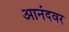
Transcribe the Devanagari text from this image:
आनंदवर